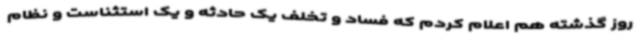
روز گذشته هم اعلام کردم که فساد و تخلف یک حادثه و یک استثناست و نظام